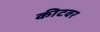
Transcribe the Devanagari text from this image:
कीटवर